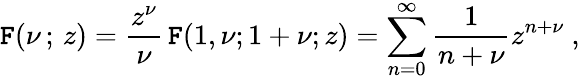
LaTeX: {\cal\mathtt{F}}(\nu\, ;\, z)=\frac{{z^{\nu}}}{{\nu}}\, \mathtt{F}(1,\nu;1+\nu;z)=\sum_{n=0}^{\infty}\frac{{1}}{{n+\nu}}z^{n+\nu}~,